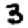
Digit: 3